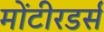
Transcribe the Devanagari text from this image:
मोंटीरडर्स